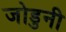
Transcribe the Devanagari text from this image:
जोडुनी